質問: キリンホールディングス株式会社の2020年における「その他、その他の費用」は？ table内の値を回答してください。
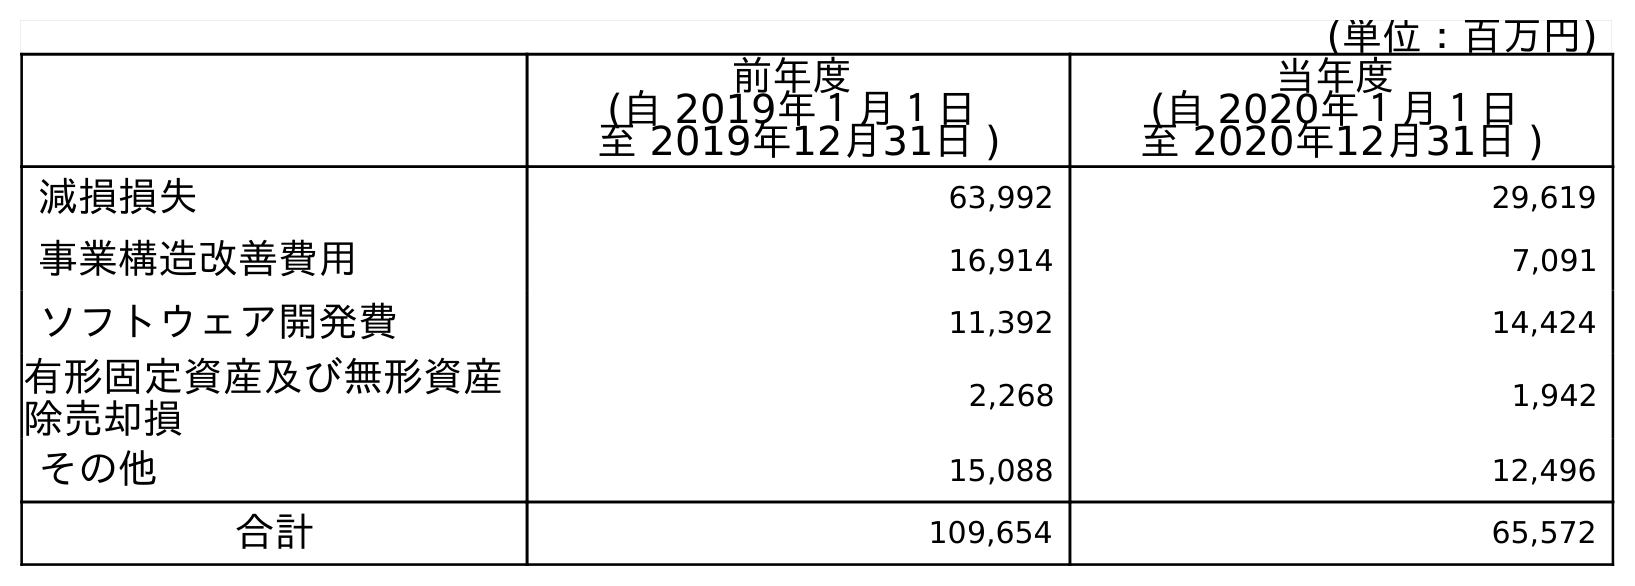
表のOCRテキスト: (単位：百万円) 前年度 (自 2019年１月１日 至 2019年12月31日 ) 当年度 (自 2020年１月１日 至 2020年12月31日 ) 減損損失 63,992 29,619 事業構造改善費用 16,914 7,091 ソフトウェア開発費 11,392 14,424 有形固定資産及び無形資産 除売却損 2,268 1,942 その他 15,088 12,496 合計 109,654 65,572
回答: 12,496